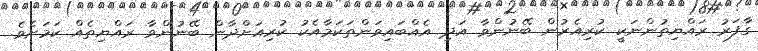
ގާފަރު ރައްޔިތުންނަކީ ކުރިއެރުން ބޭނުންވާ އަދި އެއްބައިވަންތަކަމާއެކު ކުރިއަށްދާން ބޭނުންވާ ރައްޔިތެއް ކަމަށެވެ.